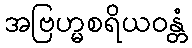
အဗြဟ္မစရိယဝန္တံ